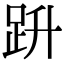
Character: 𧿘